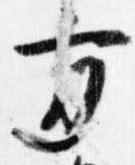
方